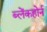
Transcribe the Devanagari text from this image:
ब्लेंकहोर्न